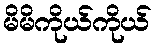
မိမိကိုယ်ကိုယ်